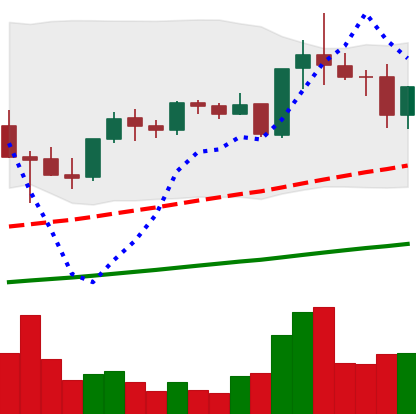
Ticker: TRX-USD
Chart end date: 2021-05-11
Forward return: -13.917%
Label: down_7plus